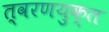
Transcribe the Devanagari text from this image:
त्वरणयुक्त